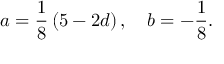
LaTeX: a = \frac { 1 } { 8 } \left( 5 - 2 d \right) , \quad b = - \frac { 1 } { 8 } .